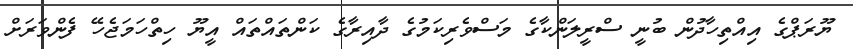
ޔޫރަޕްގެ އިއްތިހާދުން ބުނީ ސްރީލަންކާގެ މަސްވެރިކަމުގެ ދާއިރާގެ ކަންތައްތައް އީޔޫ ހިތްހަމަޖެހޭ ފެންވަރަށް